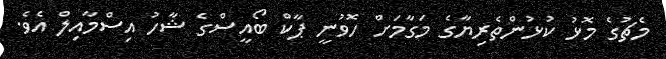
މެޗުގެ މޮޅު ކުޅުންތެރިޔާގެ މަގާމަށް ހޮވުނީ ޕާކް ބޯއީސްގެ ޝާހު އިސްމާއިލް އެވެ.